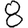
Digit: 8